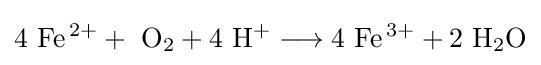
\mathrm {4\ Fe^{\,2+}+\ O_{2}+4\ H^{+}\longrightarrow 4\ Fe^{\,3+}+2\ H_{2}O}